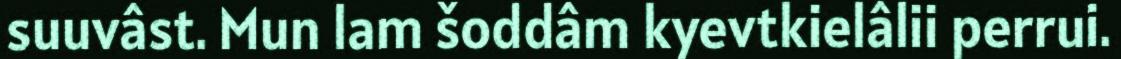
suuvâst. Mun lam šoddâm kyevtkielâlii perrui.